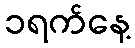
၁ရက်နေ့